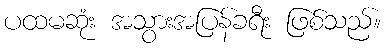
ပထမဆုံး အသွားအပြန်ခရီး ဖြစ်သည်။